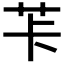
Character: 𦭌